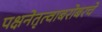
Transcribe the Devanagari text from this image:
पक्षनेतृत्वाबरोबरचे